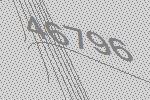
46796